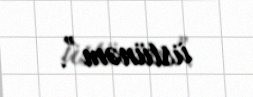
üstünəm”.